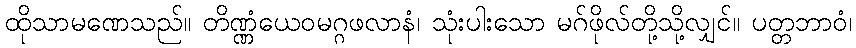
ထိုသာမဏေသည်။ တိဏ္ဏံယေဝမဂ္ဂဖလာနံ၊ သုံးပါးသော မဂ်ဖိုလ်တို့သို့လျှင်။ ပတ္တဘာဝံ၊